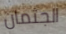
الجثمان